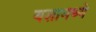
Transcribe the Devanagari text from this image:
यशामध्ये